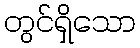
တွင်ရှိသော